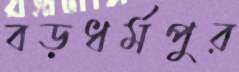
বড়ধর্মপুর